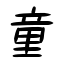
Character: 童